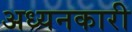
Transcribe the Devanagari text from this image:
अध्यनकारी